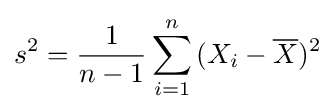
s^{2}={\frac {1}{n-1}}\sum _{i=1}^{n}{(X_{i}-{\overline {X}})^{2}}